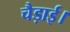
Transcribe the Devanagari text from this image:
चैड़ाई।